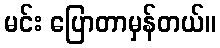
မင်း ပြောတာမှန်တယ်။